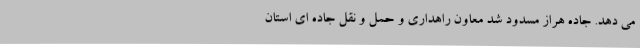
می دهد. جاده هراز مسدود شد معاون راهداری و حمل و نقل جاده ای استان